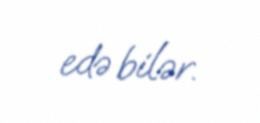
edə bilər.